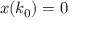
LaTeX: x ( k _ { 0 } ) = 0